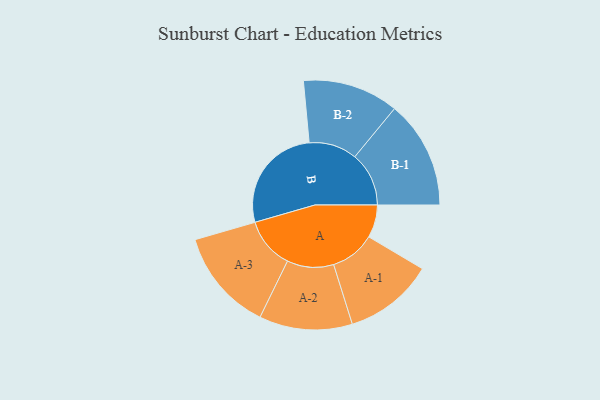
{"axis": {"x": "Segment", "y": "Value"}, "legend": ["", "A", "B"], "data": [{"x": "A", "y": 136, "type": ""}, {"x": "B", "y": 447, "type": ""}, {"x": "A-1", "y": 186, "type": "A"}, {"x": "A-2", "y": 193, "type": "A"}, {"x": "A-3", "y": 212, "type": "A"}, {"x": "B-1", "y": 224, "type": "B"}, {"x": "B-2", "y": 199, "type": "B"}]}